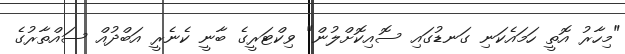
"މިހާރު އޮތީ ހަމައެކަނި ގަނޑުގައި ސޮއިކޮށްލުން" ވިކްޓަރީގެ ބާނީ ކެނެރީ އަބްދުއް ސައްތާރުގެ